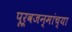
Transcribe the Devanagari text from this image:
पूर्वजन्मांच्या